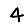
Digit: 4